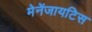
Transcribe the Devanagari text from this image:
मेनेंजायटिस